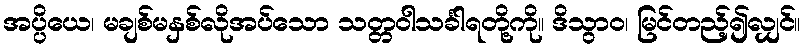
အပ္ပိယေ၊ မချစ်မနှစ်လိုအပ်သော သတ္တဝါသင်္ခါရတို့ကို။ ဒိသွာဝ၊ မြင်တည့်၍လျှင်။